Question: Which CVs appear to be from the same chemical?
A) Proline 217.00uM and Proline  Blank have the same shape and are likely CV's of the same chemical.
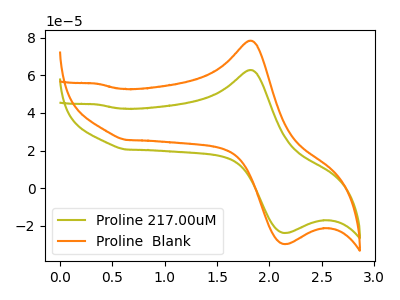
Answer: <think>The olive curve "Proline 217.00uM" has an anodic peak at (1.80V, 62.85uA) and a cathodic peak at (2.15V, -23.70uA). The orange curve "Proline  Blank" has an anodic peak at (1.80V, 78.40uA) and a cathodic peak at (2.15V, -29.60uA).
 All the peaks in "Proline 217.00uM" have a peak in "Proline  Blank" at the same potential. Every peak in "Proline 217.00uM" is lower than every peak in "Proline  Blank".</think>
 <answer>A) "Proline 217.00uM" and "Proline  Blank" have the same shape and are likely CV's of the same chemical.</answer>
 <eval>A</eval>